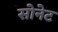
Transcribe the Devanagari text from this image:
सोनेट